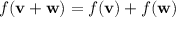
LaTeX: f ( \mathbf { v } + \mathbf { w } ) = f ( \mathbf { v } ) + f ( \mathbf { w } )